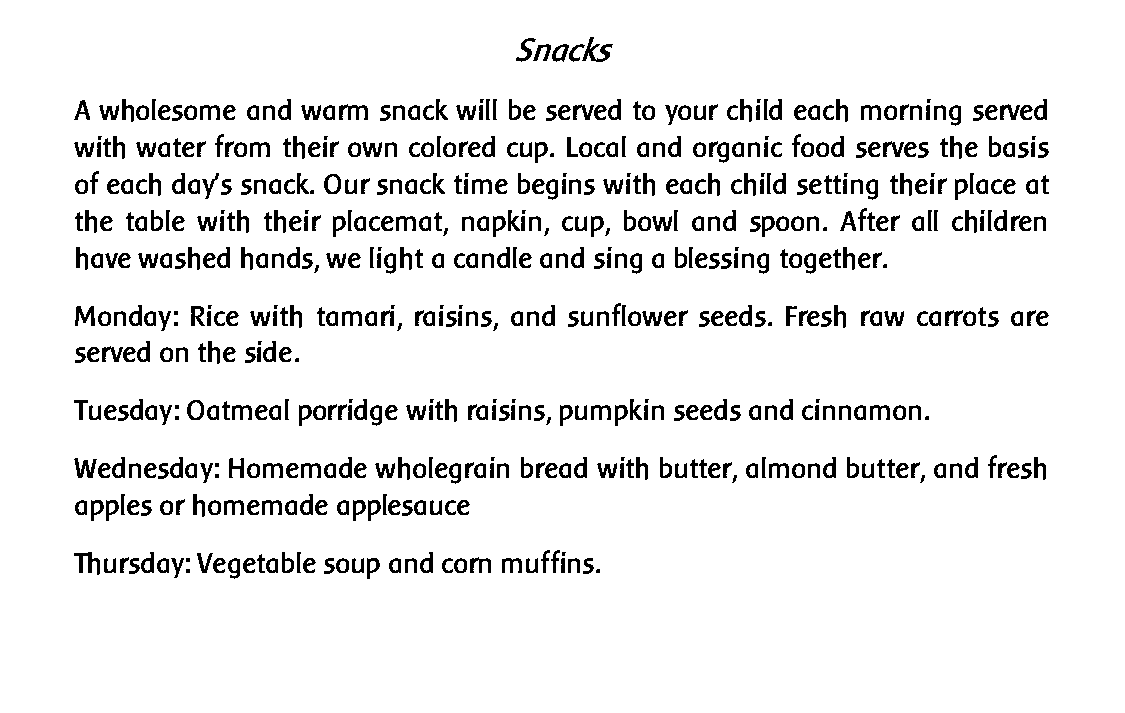
Weekly Activities
 Rhythm in the day and week provides security for the child and allows them to
 routinely imitate useful activities. We will establish our rhythm through our daily
 activities and seasonal stories and festivals. Our weekly activities are as follows,
 but may vary if there is a special seasonal celebration or birthday:
 Monday: Carrot peeling (for snack) and watercolor painting.
 Tuesday: Drawing
 Wednesday: Apple chopping and bread baking
 Thursday: Vegetable chopping for soup
 Snacks
 A wholesome and warm snack will be served to your child each morning served
 with water from their own colored cup. Local and organic food serves the basis
 of each day’s snack. Our snack time begins with each child setting their place at
 the table with their placemat, napkin, cup, bowl and spoon. After all children
 have washed hands, we light a candle and sing a blessing together.
 Monday: Rice with tamari, raisins, and sunflower seeds. Fresh raw carrots are
 served on the side.
 Tuesday: Oatmeal porridge with raisins, pumpkin seeds and cinnamon.
 Wednesday: Homemade wholegrain bread with butter, almond butter, and fresh
 apples or homemade applesauce
 Thursday: Vegetable soup and corn muffins.